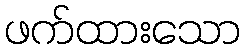
ဖက်ထားသော